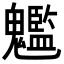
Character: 𩴵